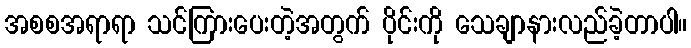
အစစအရာရာ သင်ကြားပေးတဲ့အတွက် ပိုင်းကို သေချာနားလည်ခဲ့တာပါ။